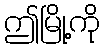
ဤမြို့ကို